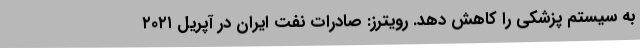
به سیستم پزشکی را کاهش دهد. رویترز: صادرات نفت ایران در آپریل ٢٠٢١